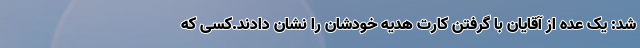
شد: یک عده از آقایان با گرفتن کارت هدیه خودشان را نشان دادند.کسی که